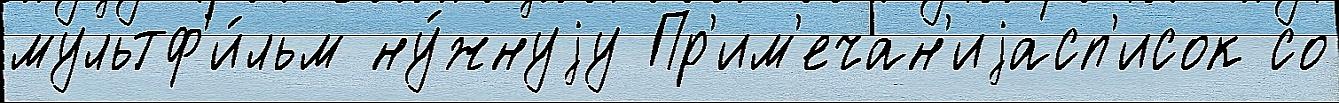
мультф'и́льм ну́жнуjу Пр'им'ечан'иjасп'исок со